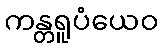
ကန္တရူပံယေဝ